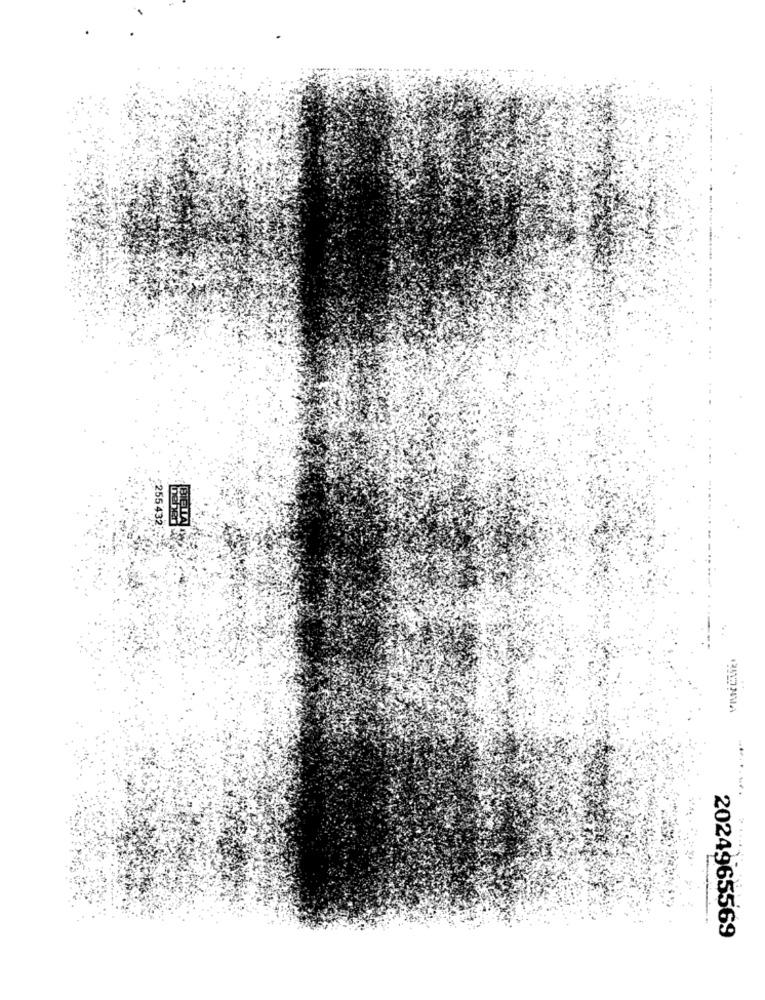
255432
.......... .
2024965569